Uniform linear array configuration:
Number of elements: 4
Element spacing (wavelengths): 0.25
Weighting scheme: blackman
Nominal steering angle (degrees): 60
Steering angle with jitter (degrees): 61.71
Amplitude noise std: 0.05
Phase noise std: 0.05

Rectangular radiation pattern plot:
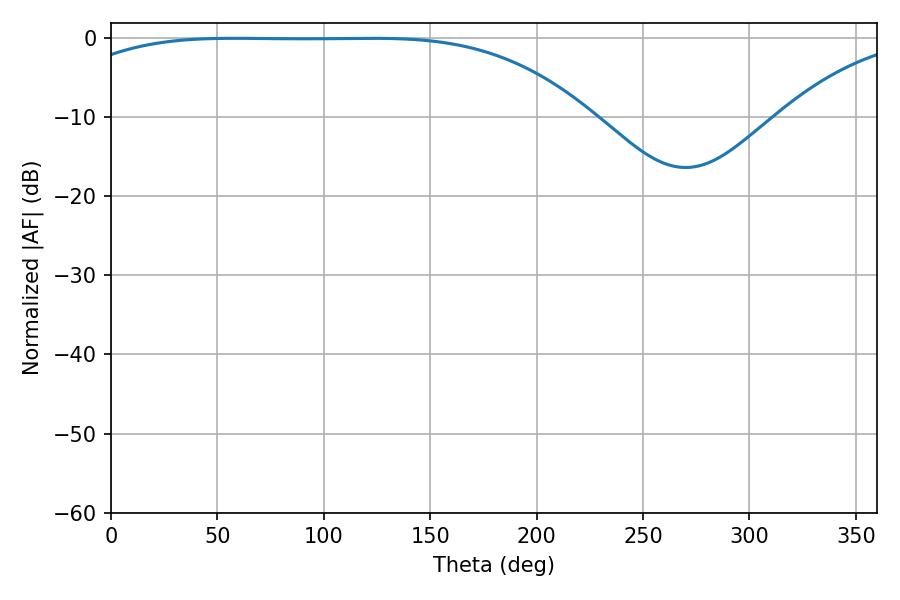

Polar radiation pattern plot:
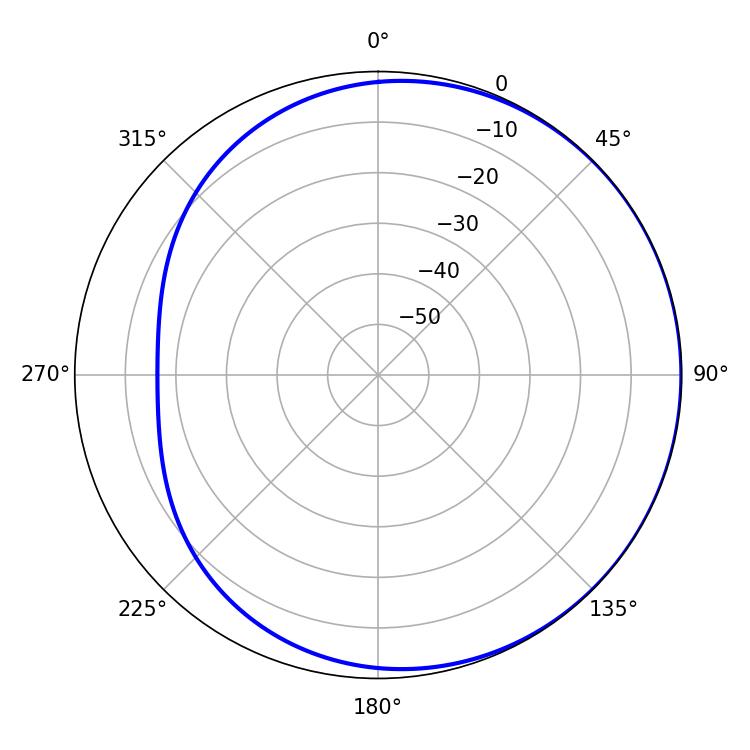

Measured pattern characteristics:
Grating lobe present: FALSE
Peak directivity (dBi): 0.6699
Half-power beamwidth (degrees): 189
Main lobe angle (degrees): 57.96